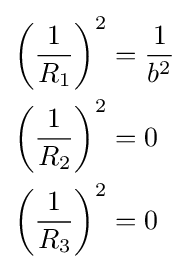
\scriptstyle {\begin{aligned}\left({\frac {1}{R_{1}}}\right)^{2}&={\frac {1}{b^{2}}}\\\left({\frac {1}{R_{2}}}\right)^{2}&=0\\\left({\frac {1}{R_{3}}}\right)^{2}&=0\end{aligned}}